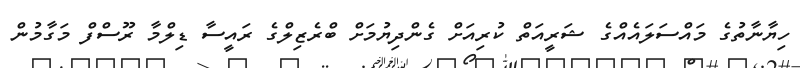
ހިޔާނާތުގެ މައްސަލައެއްގެ ޝަރީއަތް ކުރިއަށް ގެންދިޔުމަށް ބްރެޒިލްގެ ރައީސާ ޑިލްމާ ރޫސްފް މަގާމުން